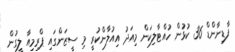
ފާޑިނާންޑް 36 ކުޅުން ހުއްޓާލިކަން މިއަދު އިއުލާންކުރީ މި ސީޒަންގައި ޕްރިމިއާ ލީގުން